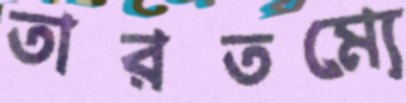
তারতম্যে